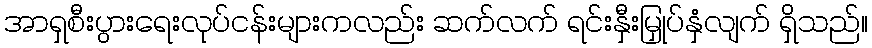
အာရှစီးပွားရေးလုပ်ငန်းများကလည်း ဆက်လက် ရင်းနှီးမြှုပ်နှံလျက် ရှိသည်။